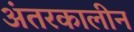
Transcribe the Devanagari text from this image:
अंतरकालीन